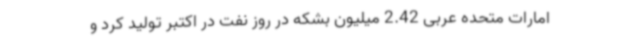
امارات متحده عربی 2.42 میلیون بشکه در روز نفت در اکتبر تولید کرد و